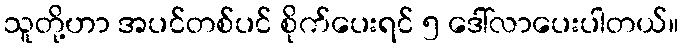
သူတို့ဟာ အပင်တစ်ပင် စိုက်ပေးရင် ၅ ဒေါ်လာပေးပါတယ်။